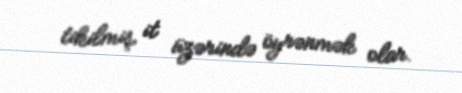
tikilmiş it üzərində öyrənmək olar.